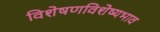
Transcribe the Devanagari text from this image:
विशेषणविशेष्यभाव